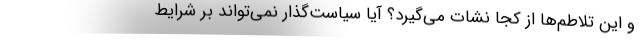
و این تلاطم‌ها از کجا نشات می‌گیرد؟ آیا سیاست‌گذار نمی‌تواند بر شرایط